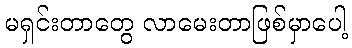
မရှင်းတာတွေ လာမေးတာဖြစ်မှာပေါ့